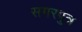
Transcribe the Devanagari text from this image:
सगरपुत्र